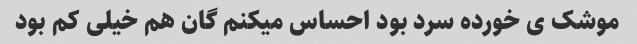
موشک ی خورده سرد بود احساس میکنم گان هم خیلی کم بود